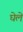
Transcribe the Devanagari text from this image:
घेले